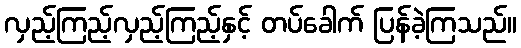
လှည့်ကြည့်လှည့်ကြည့်နှင့် တပ်ခေါက် ပြန်ခဲ့ကြသည်။